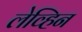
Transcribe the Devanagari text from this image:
लेव्हिन